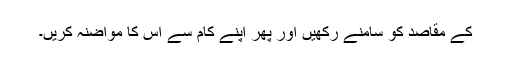
کے مقاصد کو سامنے رکھیں اور پھر اپنے کام سے اس کا مواضنہ کریں۔